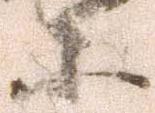
等